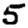
Digit: 5